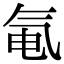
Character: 𬇐